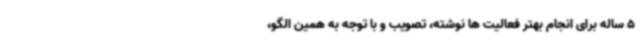
5 ساله برای انجام بهتر فعالیت ها نوشته، تصویب و با توجه به همین الگو،